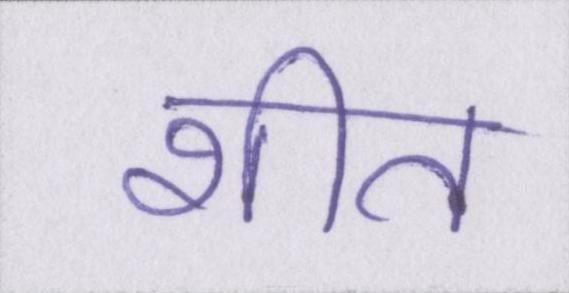
शीत